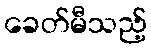
ခေတ်မီသည့်